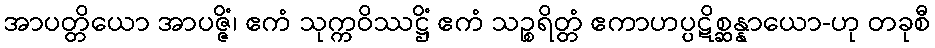
အာပတ္တိယော အာပဇ္ဇိံ၊ ဧကံ သုက္ကဝိဿဋ္ဌိံ ဧကံ သဉ္စရိတ္တံ ဧကာဟပ္ပဋိစ္ဆန္နာယော-ဟု တခုစီ